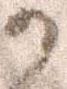
か